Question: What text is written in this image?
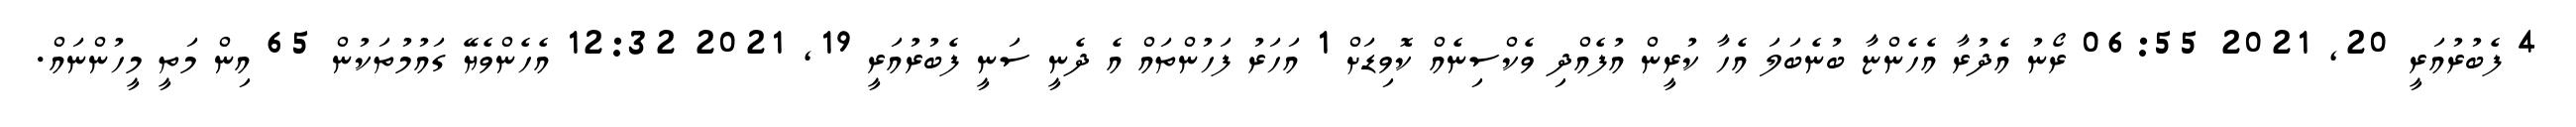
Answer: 4 ފެބުރުއަރީ 20, 2021 06:55 ރޯނު އެދުރާ އެހެންޏާ ބުނެބަލަ އެހާ ކުރީން އުފެއްދި ވެކްސިނެއް ކޮވިޑަށް 1 އަހަރު ފަހުންތައް އެ ދެނީ ސަނީ ފެބުރުއަރީ 19, 2021 12:32 އެހެންވެޔޭ ގައުމުތަކުން 65 އިން މަތީ މީހުންނައް.